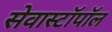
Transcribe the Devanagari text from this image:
सेवास्टॉपॉल